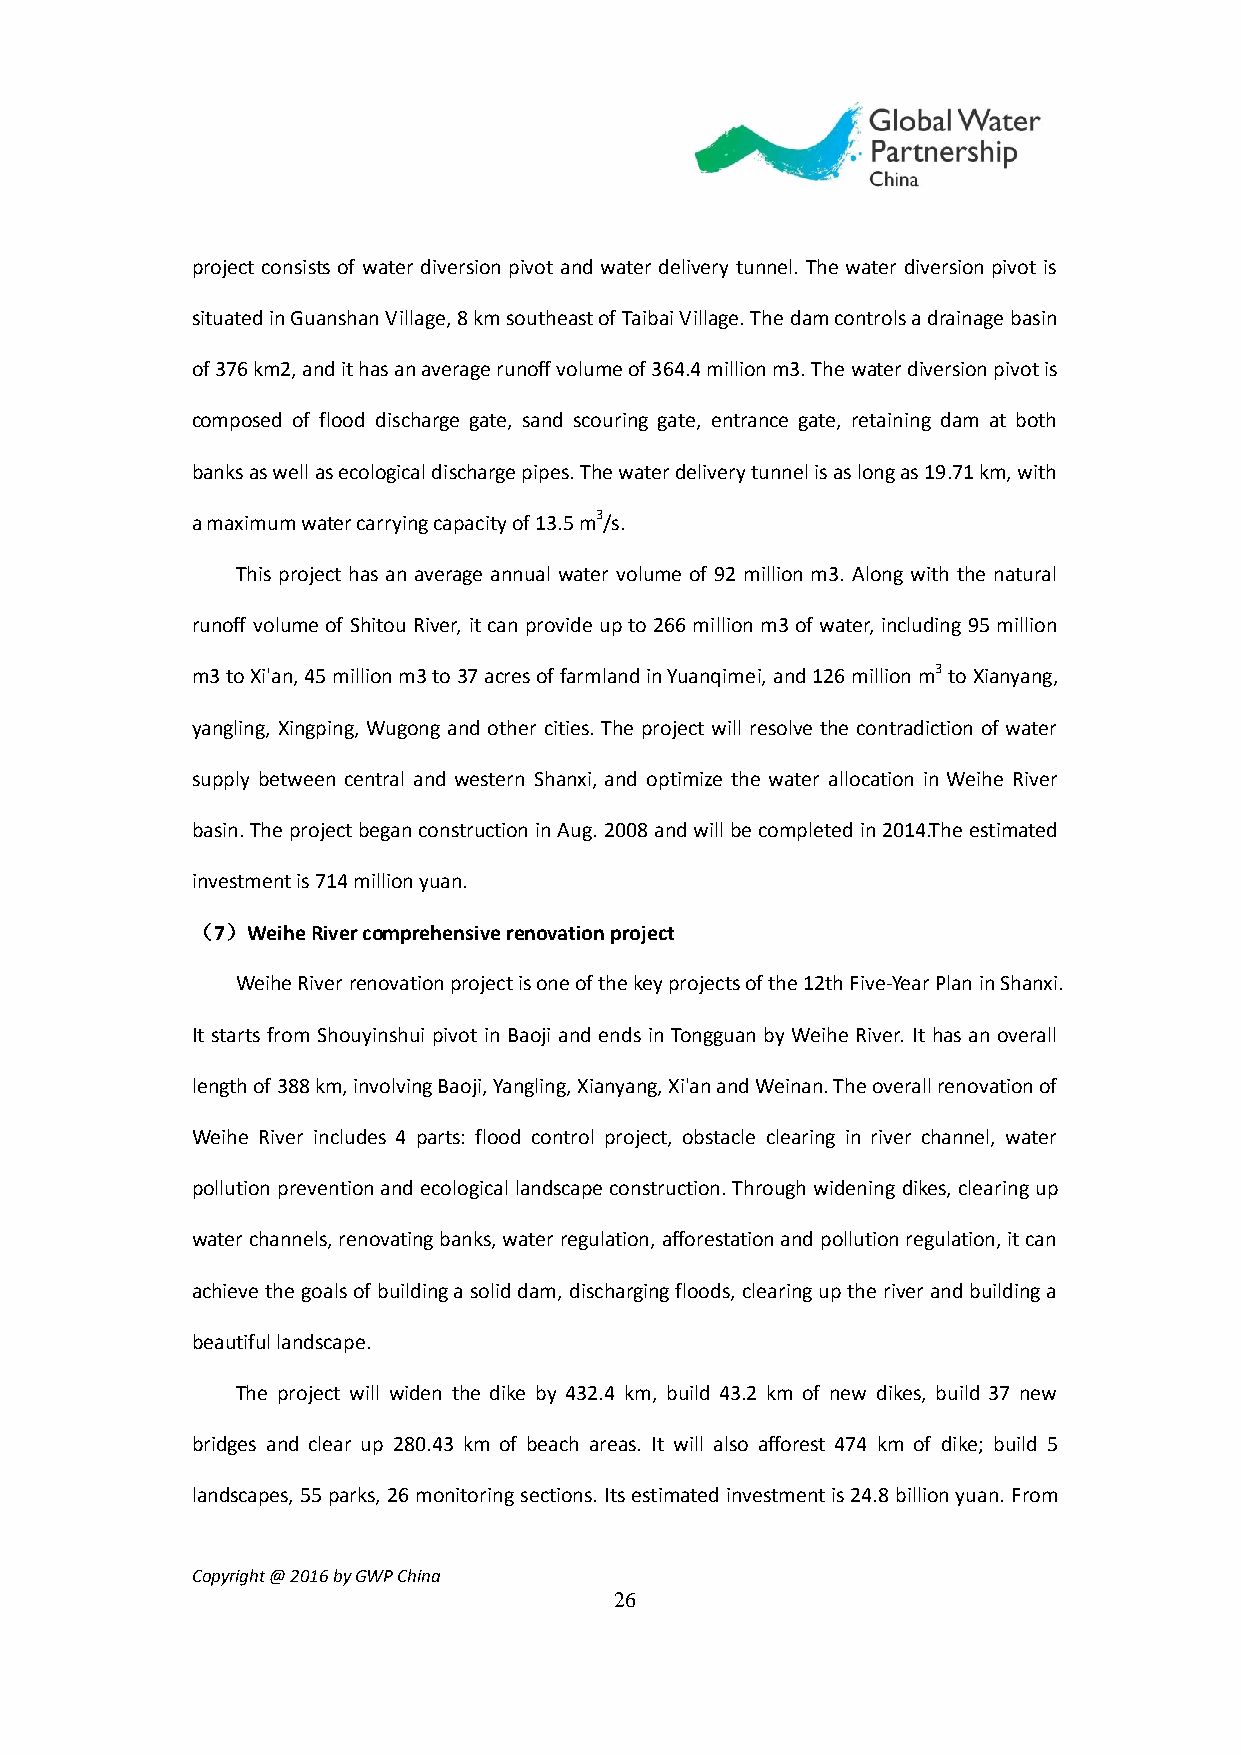
project consists of water diversion pivot and water delivery tunnel. The water diversion pivot is
 situated in Guanshan Village, 8 km southeast of Taibai Village. The dam controls a drainage basin
 of 376 km2, and it has an average runoff volume of 364.4 million m3. The water diversion pivot is
 composed of flood discharge gate, sand scouring gate, entrance gate, retaining dam at both
 banks as well as ecological discharge pipes. The water delivery tunnel is as long as 19.71 km, with
 a maximum water carrying capacity of 13.5 m3/s.
 This project has an average annual water volume of 92 million m3. Along with the natural
 runoff volume of Shitou River, it can provide up to 266 million m3 of water, including 95 million
 m3 to Xi'an, 45 million m3 to 37 acres of farmland in Yuanqimei, and 126 million m3 to Xianyang,
 yangling, Xingping, Wugong and other cities. The project will resolve the contradiction of water
 supply between central and western Shanxi, and optimize the water allocation in Weihe River
 basin. The project began construction in Aug. 2008 and will be completed in 2014.The estimated
 investment is 714 million yuan.
 （7）Weihe River comprehensive renovation project
 Weihe River renovation project is one of the key projects of the 12th Five-Year Plan in Shanxi.
 It starts from Shouyinshui pivot in Baoji and ends in Tongguan by Weihe River. It has an overall
 length of 388 km, involving Baoji, Yangling, Xianyang, Xi'an and Weinan. The overall renovation of
 Weihe River includes 4 parts: flood control project, obstacle clearing in river channel, water
 pollution prevention and ecological landscape construction. Through widening dikes, clearing up
 water channels, renovating banks, water regulation, afforestation and pollution regulation, it can
 achieve the goals of building a solid dam, discharging floods, clearing up the river and building a
 beautiful landscape.
 The project will widen the dike by 432.4 km, build 43.2 km of new dikes, build 37 new
 bridges and clear up 280.43 km of beach areas. It will also afforest 474 km of dike; build 5
 landscapes, 55 parks, 26 monitoring sections. Its estimated investment is 24.8 billion yuan. From
 Copyright @ 2016 by GWP China
 26